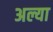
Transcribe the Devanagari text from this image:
अल्या